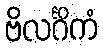
ဗိလင်္ဂိကံ